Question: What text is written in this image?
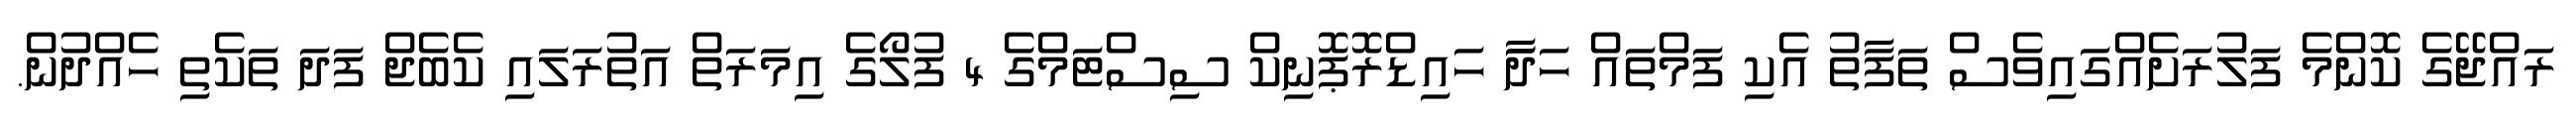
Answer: ރައްޖޭގެ ކޮންމެ ފަލުރަށެއްގައިވެސް ތަފާތު އެކި ފަމްތައް ހަދަާ ހައިޑްރޮޕޮނިކް ސިސްޓަމްގެ 4 ފުލޯގެ އިމަރަތް އަތުރަލައި ކެބެޖް ފަދަ ތަކެތި ހެއްދުން.